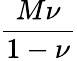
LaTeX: \frac{M\nu}{1-\nu}